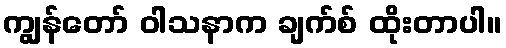
ကျွန်တော် ဝါသနာက ချက်စ် ထိုးတာပါ။